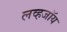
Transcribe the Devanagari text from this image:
लव्हजॉय